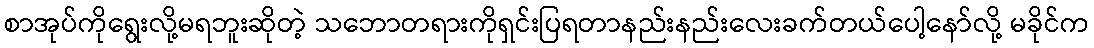
စာအုပ်ကိုရွေးလို့မရဘူးဆိုတဲ့ သဘောတရားကိုရှင်းပြရတာနည်းနည်းလေးခက်တယ်ပေါ့နော်လို့ မခိုင်က